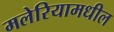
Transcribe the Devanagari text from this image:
मलेरियामधील